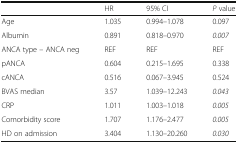
<table><thead><tr><td></td><td><b>HR</b></td><td><b>95% CI</b></td><td><b><i>P</i> value</b></td></tr></thead><tbody><tr><td>Age</td><td>1.035</td><td>0.994–1.078</td><td>0.097</td></tr><tr><td>Albumin</td><td>0.891</td><td>0.818–0.970</td><td><i>0.007</i></td></tr><tr><td>ANCA type – ANCA neg</td><td>REF</td><td>REF</td><td>REF</td></tr><tr><td>pANCA</td><td>0.604</td><td>0.215–1.695</td><td>0.338</td></tr><tr><td>cANCA</td><td>0.516</td><td>0.067–3.945</td><td>0.524</td></tr><tr><td>BVAS median</td><td>3.57</td><td>1.039–12.243</td><td><i>0.043</i></td></tr><tr><td>CRP</td><td>1.011</td><td>1.003–1.018</td><td><i>0.005</i></td></tr><tr><td>Comorbidity score</td><td>1.707</td><td>1.176–2.477</td><td><i>0.005</i></td></tr><tr><td>HD on admission</td><td>3.404</td><td>1.130–20.260</td><td><i>0.030</i></td></tr></tbody></table>